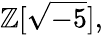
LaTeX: \mathbb{Z}[{\sqrt{-5}}],